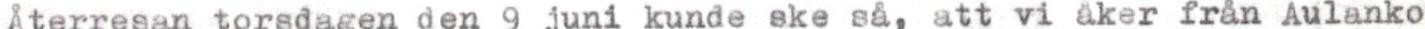
Återresan torsdagen den 9 juni kunde ske så, att vi åker från Aulanko